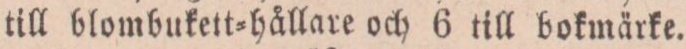
till blombukett=hållare och 6 till bokmärke.